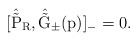
\begin{align*}[\hat{\tilde{\rm P}}_{\rm R}, \hat{\tilde{\rm G}}_{\pm}(p)]_{-}=0.\end{align*}